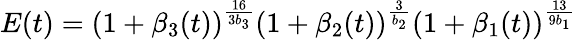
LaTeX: E(t)=(1+\beta_{3}(t))^{\frac{16}{3b_{3}}}(1+\beta_{2}(t))^{\frac{3}{b_{2}}}(1+\beta_{1}(t))^{\frac{13}{9b_{1}}}